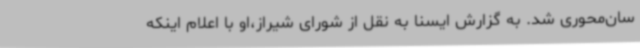
سان‌محوری شد. به گزارش ایسنا به نقل از شورای شیراز،او با اعلام اینکه